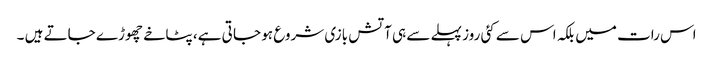
اس رات میں بلکہ اس سے کئی روز پہلے سے ہی آتش بازی شروع ہو جا تی ہے، پٹاخے چھوڑے جاتے ہیں ۔